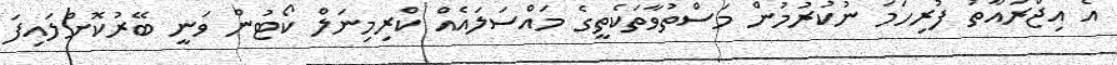
އެ އިޖްރައާތު ފުރިހަމަ ނުކުރުމުން މަސްތުވާތަކެތީގެ މައްސަލައެއް ކްރިމިނަލް ކޯޓުން ވަނީ ބޭރުކޮށްލައިފަ